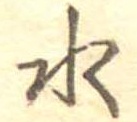
水